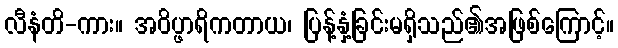
လီနံတိ-ကား။ အဝိပ္ဖာရိကတာယ၊ ပြန့်နှံ့ခြင်းမရှိသည်၏အဖြစ်ကြောင့်။